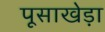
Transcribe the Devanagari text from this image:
पूसाखेड़ा